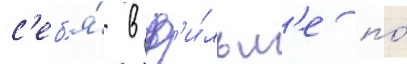
с'еб'я́ в ф'и́льм'е по́